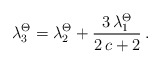
\begin{align*}\lambda_3^\Theta = \lambda_2^\Theta + \frac{3 \, \lambda_1^\Theta}{2\,c+2} \:.\end{align*}